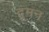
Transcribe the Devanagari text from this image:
दुमन